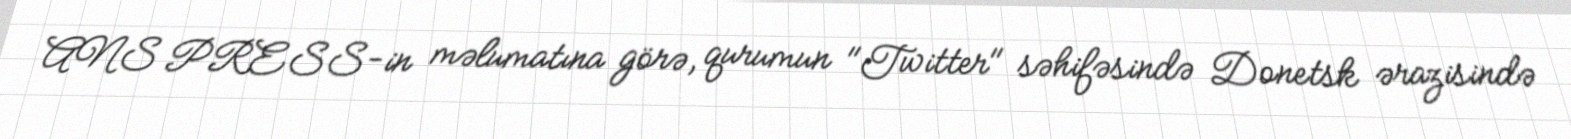
ANS PRESS-in məlumatına görə, qurumun "Twitter" səhifəsində Donetsk ərazisində